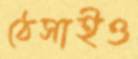
ঠেসাইও